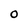
Character: O